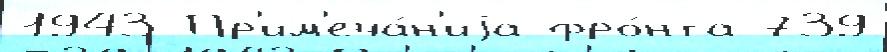
1943 Пр'им'еча́н'иjа фро́нта 739